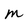
Character: m